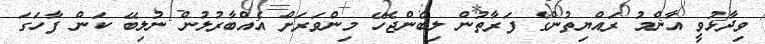
ވިދާޅުވީ އާންމު ރައްޔިތުންގެ ފަރާތުން ލިބެންޖެހޭ މިންވަރަށް އެއްބާރުލުން ނުލިބޭ ކަން ފާހަގަ